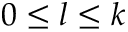
0 \leq l \leq k